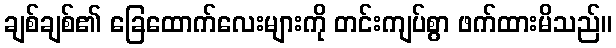
ချစ်ချစ်၏ ခြေထောက်လေးများကို တင်းကျပ်စွာ ဖက်ထားမိသည်။